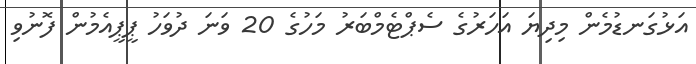
އަޅުގަނޑުމެން މިދިޔަ އަހަރުގެ ސެޕްޓެމްބަރު މަހުގެ 20 ވަނަ ދުވަހު ޕީޕީއެމުން ފޮނުވި